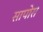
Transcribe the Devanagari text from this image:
सापोरा